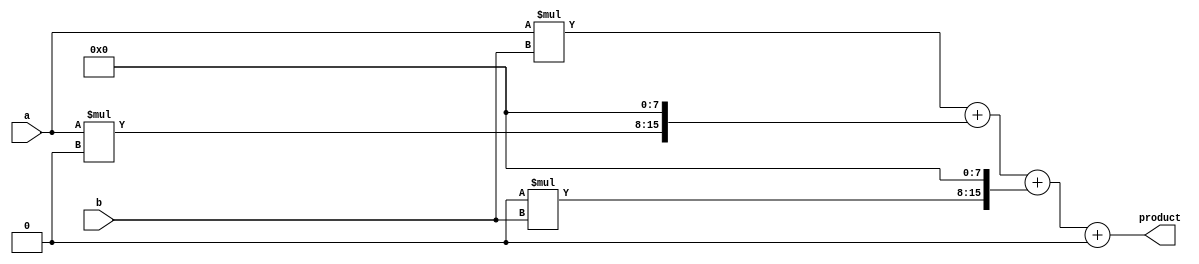
module radix4_multiplier(
  input wire [7:0] a, //input number a
  input wire [7:0] b, //input number b
  output wire [15:0] product //output product
);

reg [31:0] partial_product [3:0]; // four partial products
reg [15:0] final_product; // final product

// Generate partial products
assign partial_product[0] = a * b; // most significant bits
assign partial_product[1] = a * (b >> 8); // next most significant bits
assign partial_product[2] = (a >> 8) * b; // next least significant bits
assign partial_product[3] = (a >> 8) * (b >> 8); // least significant bits

// Add partial products using adder tree
always @(*) begin
  final_product = partial_product[0] + (partial_product[1] << 8) + (partial_product[2] << 8) + (partial_product[3] << 16);
end

assign product = final_product;

endmodule